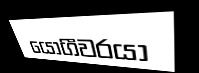
යෝගීවරයා